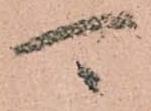
可